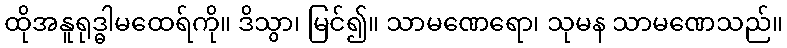
ထိုအနူရုဒ္ဓါမထေရ်ကို။ ဒိသွာ၊ မြင်၍။ သာမဏေရော၊ သုမန သာမဏေသည်။